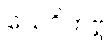
သေဝိတဗ္ဗ